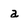
Character: a